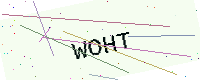
Text: WOHT